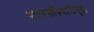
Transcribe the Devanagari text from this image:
सामनाधिकारीसुद्धा